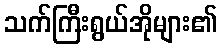
သက်ကြီးရွယ်အိုများ၏